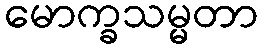
မောက္ခသမ္မတာ